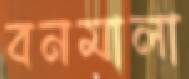
বনমালা